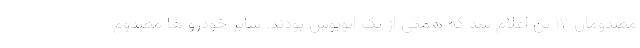
مصدومان ١٧ تن اعلام شد که همگی از یک اتوبوس بودند. سایر خودرو ها مصدوم